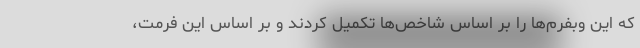
که این وبفرم‌ها را بر اساس شاخص‌ها تکمیل کردند و بر اساس این فرمت،